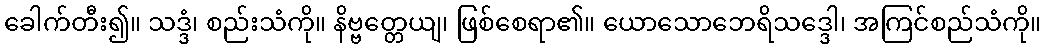
ခေါက်တီး၍။ သဒ္ဒံ၊ စည်းသံကို။ နိဗ္ဗတ္တေယျ၊ ဖြစ်စေရာ၏။ ယောသောဘေရိသဒ္ဒေါ၊ အကြင်စည်သံကို။